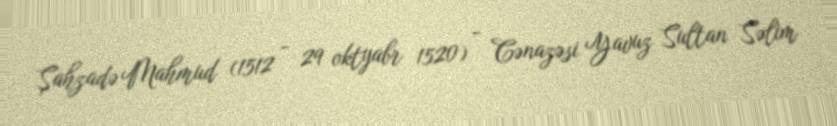
Şahzadə Mahmud (1512 - 29 oktyabr 1520) - Cənazəsi Yavuz Sultan Səlim